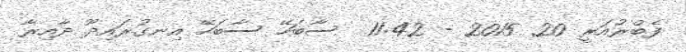
ފެބްރުއަރީ 20